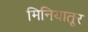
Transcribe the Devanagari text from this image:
मिनियातूर